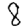
Digit: 8